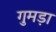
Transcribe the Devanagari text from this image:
गुमड़ा